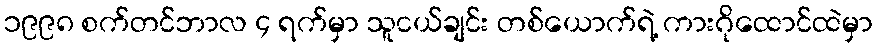
၁၉၉၈ စက်တင်ဘာလ ၄ ရက်မှာ သူငယ်ချင်း တစ်ယောက်ရဲ့ ကားဂိုထောင်ထဲမှာ